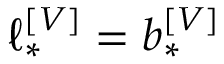
\ell _ { * } ^ { \left[ V \right] } = b _ { * } ^ { \left[ V \right] }